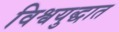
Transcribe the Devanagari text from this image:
विश्वयुद्धात